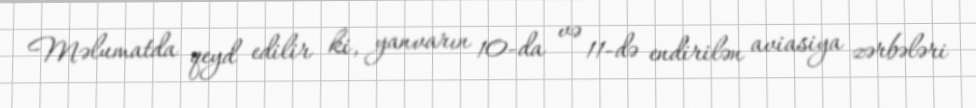
Məlumatda qeyd edilir ki, yanvarın 10-da və 11-də endirilən aviasiya zərbələri